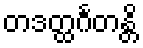
တဒတ္ထင်္ဂတန္တိ